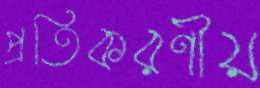
প্রতিকরণীয়